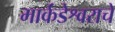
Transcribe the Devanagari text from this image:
मार्कंडेश्वराचे